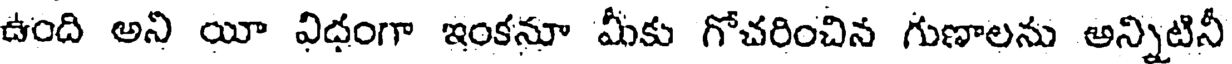
ఉంది అని యీ విధంగా ఇంకనూ మీకు గోచరించిన గుణాలను అన్నిటినీ